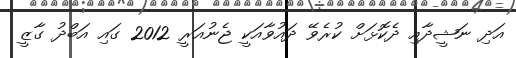
އަދި ނަޝީދާއި ދެކޮޅަށް ކުރެވޭ ދައުވާއަކީ ޖެނުއަރީ 2012 ގައި އަބްދު ގާޒީ